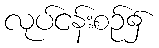
လုပ်ငန်းစဉ်၌